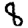
Digit: 8